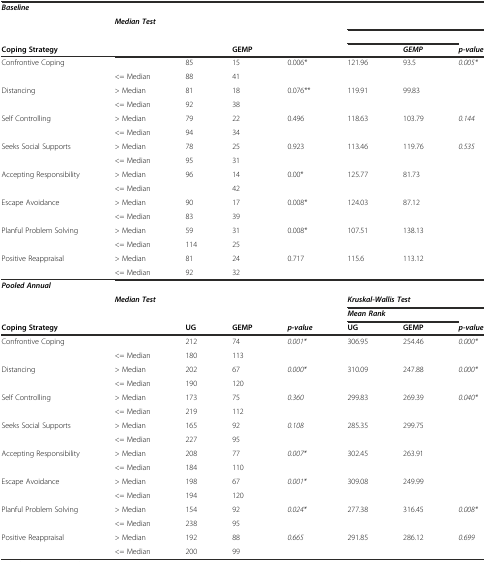
<table><thead><tr><td colspan="8"><b><i>Baseline</i></b></td></tr><tr><td>[EMPTY_CELL]</td><td colspan="4"><b><i>Median Test</i></b></td><td colspan="3">[EMPTY_CELL]</td></tr><tr><td>[EMPTY_CELL]</td><td>[EMPTY_CELL]</td><td>[EMPTY_CELL]</td><td>[EMPTY_CELL]</td><td>[EMPTY_CELL]</td><td colspan="2">[EMPTY_CELL]</td><td>[EMPTY_CELL]</td></tr><tr><td><b>Coping Strategy</b></td><td>[EMPTY_CELL]</td><td>[EMPTY_CELL]</td><td><b>GEMP</b></td><td>[EMPTY_CELL]</td><td>[EMPTY_CELL]</td><td><b><i>GEMP</i></b></td><td><b><i>p-value</i></b></td></tr></thead><tbody><tr><td rowspan="2">Confrontive Coping</td><td>[EMPTY_CELL]</td><td>85</td><td>15</td><td rowspan="2">0.006*</td><td>121.96</td><td>93.5</td><td><i>0.005*</i></td></tr><tr><td>&lt;= Median</td><td>88</td><td>41</td><td>[EMPTY_CELL]</td><td>[EMPTY_CELL]</td><td>[EMPTY_CELL]</td></tr><tr><td rowspan="2">Distancing</td><td>&gt; Median</td><td>81</td><td>18</td><td rowspan="2">0.076**</td><td>119.91</td><td>99.83</td><td>[EMPTY_CELL]</td></tr><tr><td>&lt;= Median</td><td>92</td><td>38</td><td>[EMPTY_CELL]</td><td>[EMPTY_CELL]</td><td>[EMPTY_CELL]</td></tr><tr><td rowspan="2">Self Controlling</td><td>&gt; Median</td><td>79</td><td>22</td><td rowspan="2">0.496</td><td>118.63</td><td>103.79</td><td><i>0.144</i></td></tr><tr><td>&lt;= Median</td><td>94</td><td>34</td><td>[EMPTY_CELL]</td><td>[EMPTY_CELL]</td><td>[EMPTY_CELL]</td></tr><tr><td rowspan="2">Seeks Social Supports</td><td>&gt; Median</td><td>78</td><td>25</td><td rowspan="2">0.923</td><td>113.46</td><td>119.76</td><td><i>0.535</i></td></tr><tr><td>&lt;= Median</td><td>95</td><td>31</td><td>[EMPTY_CELL]</td><td>[EMPTY_CELL]</td><td>[EMPTY_CELL]</td></tr><tr><td rowspan="2">Accepting Responsibility</td><td>&gt; Median</td><td>96</td><td>14</td><td rowspan="2">0.00*</td><td>125.77</td><td>81.73</td><td>[EMPTY_CELL]</td></tr><tr><td>&lt;= Median</td><td>[EMPTY_CELL]</td><td>42</td><td>[EMPTY_CELL]</td><td>[EMPTY_CELL]</td><td>[EMPTY_CELL]</td></tr><tr><td rowspan="2">Escape Avoidance</td><td>&gt; Median</td><td>90</td><td>17</td><td rowspan="2">0.008*</td><td>124.03</td><td>87.12</td><td>[EMPTY_CELL]</td></tr><tr><td>&lt;= Median</td><td>83</td><td>39</td><td>[EMPTY_CELL]</td><td>[EMPTY_CELL]</td><td>[EMPTY_CELL]</td></tr><tr><td rowspan="2">Planful Problem Solving</td><td>&gt; Median</td><td>59</td><td>31</td><td rowspan="2">0.008*</td><td>107.51</td><td>138.13</td><td>[EMPTY_CELL]</td></tr><tr><td>&lt;= Median</td><td>114</td><td>25</td><td>[EMPTY_CELL]</td><td>[EMPTY_CELL]</td><td>[EMPTY_CELL]</td></tr><tr><td rowspan="2">Positive Reappraisal</td><td>&gt; Median</td><td>81</td><td>24</td><td rowspan="2">0.717</td><td>115.6</td><td>113.12</td><td>[EMPTY_CELL]</td></tr><tr><td>&lt;= Median</td><td>92</td><td>32</td><td>[EMPTY_CELL]</td><td>[EMPTY_CELL]</td><td>[EMPTY_CELL]</td></tr><tr><td colspan="8"><b><i>Pooled Annual</i></b></td></tr><tr><td>[EMPTY_CELL]</td><td colspan="3"><b><i>Median Test</i></b></td><td>[EMPTY_CELL]</td><td colspan="3"><b><i>Kruskal-Wallis Test</i></b></td></tr><tr><td>[EMPTY_CELL]</td><td>[EMPTY_CELL]</td><td>[EMPTY_CELL]</td><td>[EMPTY_CELL]</td><td>[EMPTY_CELL]</td><td colspan="2"><b><i>Mean Rank</i></b></td><td>[EMPTY_CELL]</td></tr><tr><td><b>Coping Strategy</b></td><td>[EMPTY_CELL]</td><td><b>UG</b></td><td><b>GEMP</b></td><td><b><i>p-value</i></b></td><td><b>UG</b></td><td><b>GEMP</b></td><td><b><i>p-value</i></b></td></tr><tr><td rowspan="2">Confrontive Coping</td><td>[EMPTY_CELL]</td><td>212</td><td>74</td><td rowspan="2"><i>0.001*</i></td><td>306.95</td><td>254.46</td><td><i>0.000*</i></td></tr><tr><td>&lt;= Median</td><td>180</td><td>113</td><td>[EMPTY_CELL]</td><td>[EMPTY_CELL]</td><td>[EMPTY_CELL]</td></tr><tr><td rowspan="2">Distancing</td><td>&gt; Median</td><td>202</td><td>67</td><td rowspan="2"><i>0.000*</i></td><td>310.09</td><td>247.88</td><td><i>0.000*</i></td></tr><tr><td>&lt;= Median</td><td>190</td><td>120</td><td>[EMPTY_CELL]</td><td>[EMPTY_CELL]</td><td>[EMPTY_CELL]</td></tr><tr><td rowspan="2">Self Controlling</td><td>&gt; Median</td><td>173</td><td>75</td><td rowspan="2"><i>0.360</i></td><td>299.83</td><td>269.39</td><td><i>0.040*</i></td></tr><tr><td>&lt;= Median</td><td>219</td><td>112</td><td>[EMPTY_CELL]</td><td>[EMPTY_CELL]</td><td>[EMPTY_CELL]</td></tr><tr><td rowspan="2">Seeks Social Supports</td><td>&gt; Median</td><td>165</td><td>92</td><td rowspan="2"><i>0.108</i></td><td>285.35</td><td>299.75</td><td>[EMPTY_CELL]</td></tr><tr><td>&lt;= Median</td><td>227</td><td>95</td><td>[EMPTY_CELL]</td><td>[EMPTY_CELL]</td><td>[EMPTY_CELL]</td></tr><tr><td rowspan="2">Accepting Responsibility</td><td>&gt; Median</td><td>208</td><td>77</td><td rowspan="2"><i>0.007*</i></td><td>302.45</td><td>263.91</td><td>[EMPTY_CELL]</td></tr><tr><td>&lt;= Median</td><td>184</td><td>110</td><td>[EMPTY_CELL]</td><td>[EMPTY_CELL]</td><td>[EMPTY_CELL]</td></tr><tr><td rowspan="2">Escape Avoidance</td><td>&gt; Median</td><td>198</td><td>67</td><td rowspan="2"><i>0.001*</i></td><td>309.08</td><td>249.99</td><td>[EMPTY_CELL]</td></tr><tr><td>&lt;= Median</td><td>194</td><td>120</td><td>[EMPTY_CELL]</td><td>[EMPTY_CELL]</td><td>[EMPTY_CELL]</td></tr><tr><td rowspan="2">Planful Problem Solving</td><td>&gt; Median</td><td>154</td><td>92</td><td rowspan="2"><i>0.024*</i></td><td>277.38</td><td>316.45</td><td><i>0.008*</i></td></tr><tr><td>&lt;= Median</td><td>238</td><td>95</td><td>[EMPTY_CELL]</td><td>[EMPTY_CELL]</td><td>[EMPTY_CELL]</td></tr><tr><td rowspan="2">Positive Reappraisal</td><td>&gt; Median</td><td>192</td><td>88</td><td rowspan="2"><i>0.665</i></td><td>291.85</td><td>286.12</td><td><i>0.699</i></td></tr><tr><td>&lt;= Median</td><td>200</td><td>99</td><td>[EMPTY_CELL]</td><td>[EMPTY_CELL]</td><td>[EMPTY_CELL]</td></tr></tbody></table>